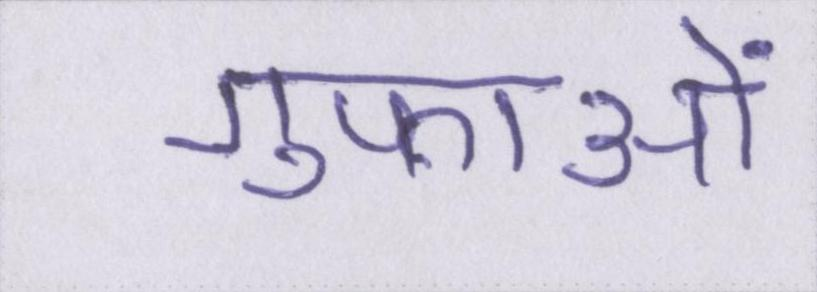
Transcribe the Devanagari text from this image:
गुफाओं